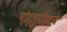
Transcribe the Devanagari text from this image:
पोर्तुगीजांने